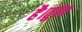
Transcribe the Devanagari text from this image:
है।तुला